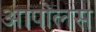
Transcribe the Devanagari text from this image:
आपोलस